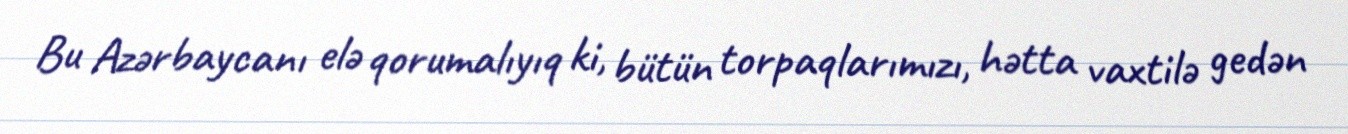
Bu Azərbaycanı elə qorumalıyıq ki, bütün torpaqlarımızı, hətta vaxtilə gedən